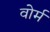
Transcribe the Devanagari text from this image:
वोर्म